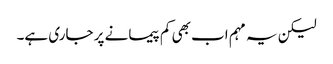
لیکن یہ مہم اب بھی کم پیمانے پر جاری ہے۔